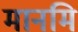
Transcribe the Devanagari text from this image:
मानमि